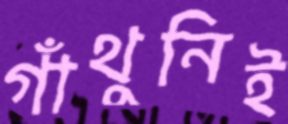
গাঁথুনিই